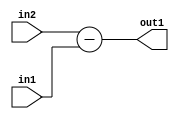
`timescale 1ps / 1ps
/*****************************************************************************
    Verilog RTL Description
    
    
    Created by: Stratus DpOpt 2019.1.01 
*******************************************************************************/

module st_feature_addr_gen_Sub_11Ux1U_12S_4_2 (
	in2,
	in1,
	out1
	); /* architecture "behavioural" */ 
input [10:0] in2;
input  in1;
output [11:0] out1;
wire [11:0] asc001;

assign asc001 = 
	+(in2)
	-(in1);

assign out1 = asc001;
endmodule

/* CADENCE  ubH1SA8= : u9/ySgnWtBlWxVPRXgAZ4Og= ** DO NOT EDIT THIS LINE ******/